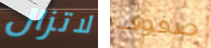
لاتزال صفوف